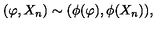
( \varphi , X _ { n } ) \sim ( \phi ( \varphi ) , \phi ( X _ { n } ) ) ,